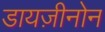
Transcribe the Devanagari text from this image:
डायज़ीनोन